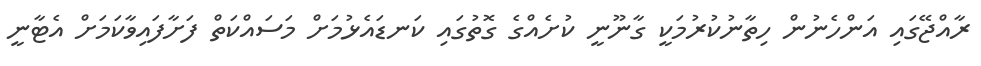
ރާއްޖޭގައި އަންހެނުން ހިތާނުކުރުމަކީ ގާނޫނީ ކުށެއްގެ ގޮތުގައި ކަނޑައެޅުމަށް މަސައްކަތް ފަށާފައިވާކަމަށް އެޓާނީ